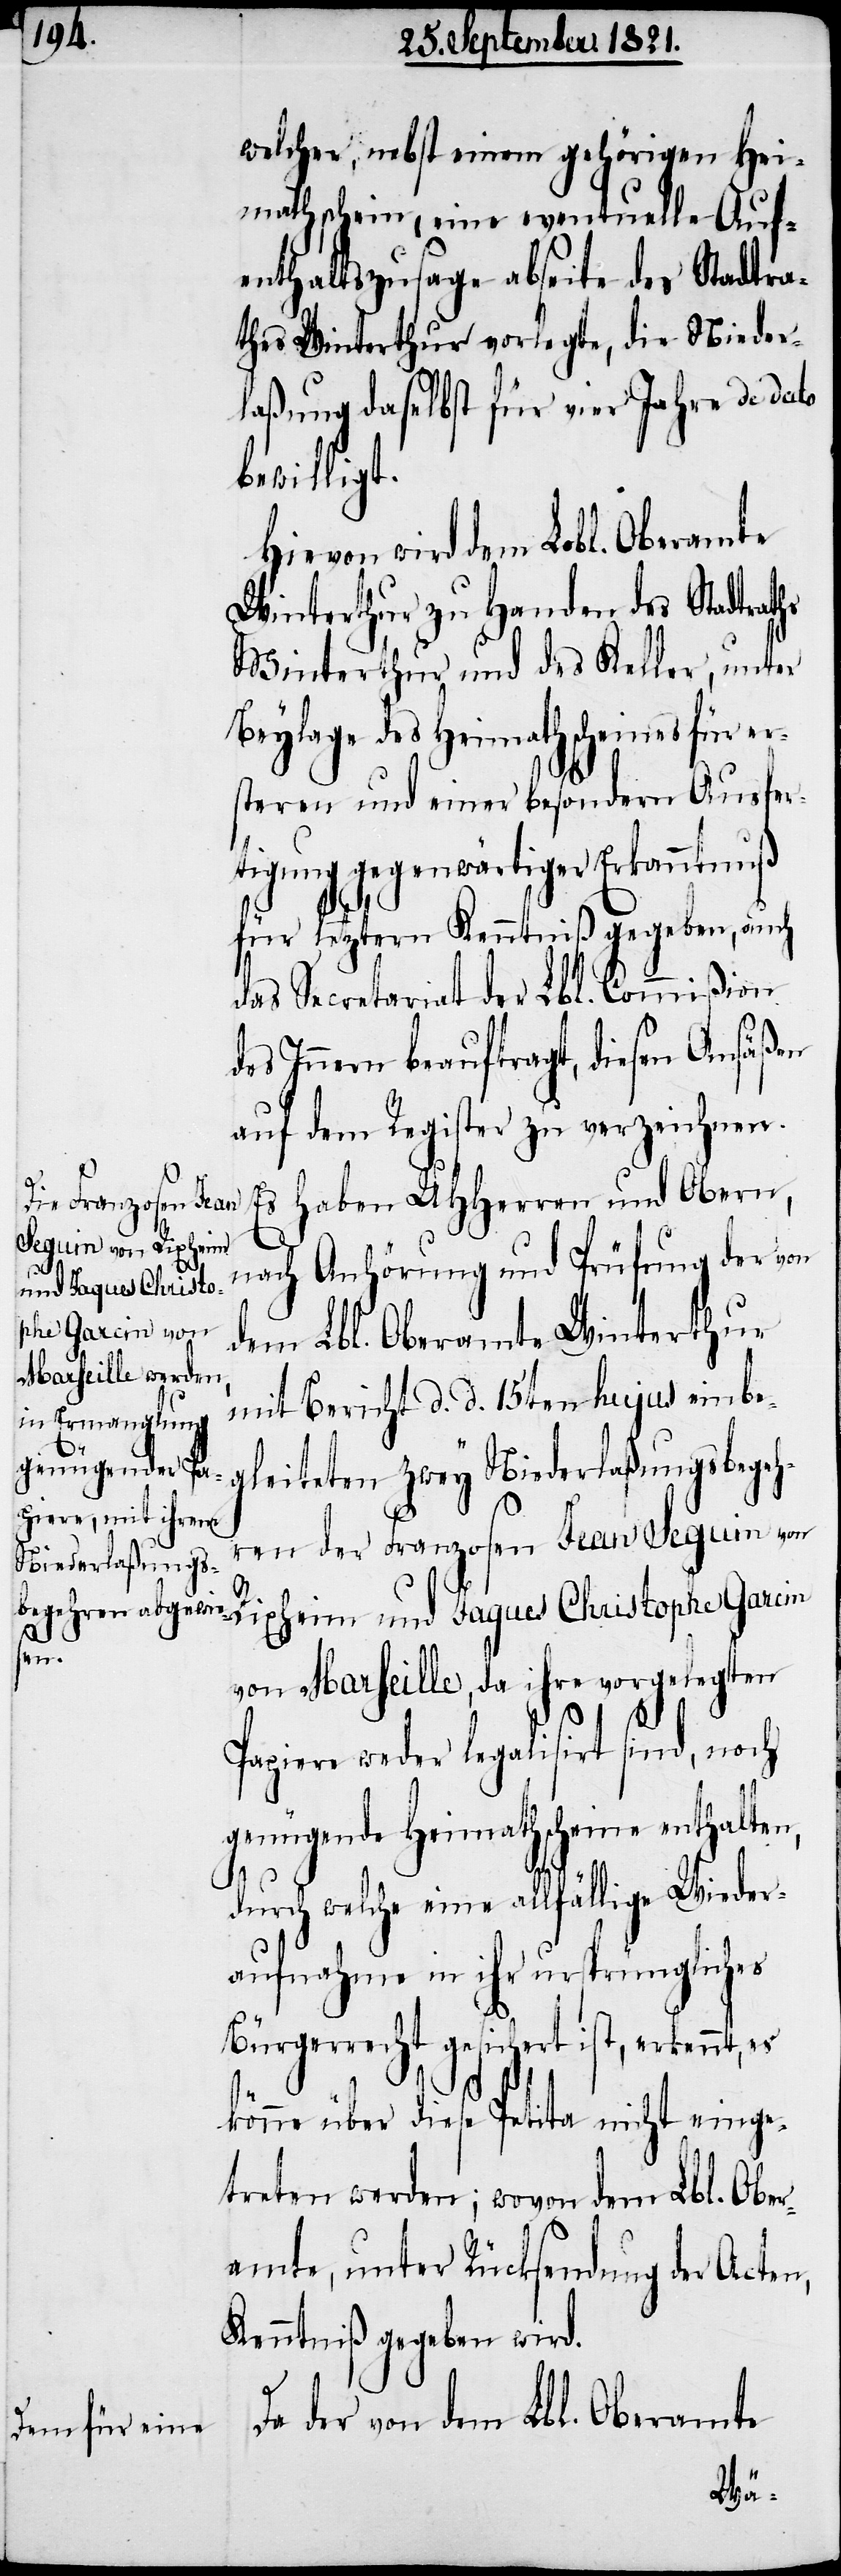
Pa¬

welcher, nebst einem gehörigen Hei¬
mathschein eine eventuelle Auf¬
enthaltszusage abseite des Stadtra¬
thes Winterthur vorlegte, die Nieder¬
laßung daselbst für vier Jahre de dato
bewilligt.
Hievon wird dem Lobl. Oberamte
Winterthur zu Handen des Stadtraths
Winterthur und des Keller, unter
Beylage des Heimathscheins für er¬
steren und einer besondern Ausfer¬
tigung gegenwärtiger Erkanntnuß
für letztern Kenntniß gegeben, auch
das Secretariat der Lbl. Commißion
des Innern beauftragt, diesen Ansäßen
auf dem Register zu verzeichnen.
Es haben UHHerren und Obern,
nach Anhörung und Prüfung der von
dem Lbl. Oberamte Winterthur
mit Bericht d. d. 15ten hujus einbe¬
gleiteten zwey Niederlaßungsbegeh¬
ren der Franzosen Jean Seguin von
Rixheim und Jacques Christophe Garcin
von Marseille, da ihre vorgelegten
piere weder legalisirt sind, no¬
genügende Heimathscheine enthalten,
durch welche eine allfällige Wieder¬
aufnahme in ihr ursprüngliches
Bürgerrecht gesichert ist, erkennt, es
ch
könne über diese Petita nicht einge¬
treten werden; wovon dem Lbl. Ober¬
amte, unter Rücksendung der Acten,
Kenntniß gegeben wird.
Da der von dem Lbl. Oberamte